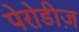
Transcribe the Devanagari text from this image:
पेरोडीज़